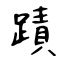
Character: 蹟